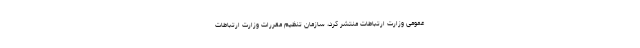
عمومی وزارت ارتباطات منتشر کرد، سازمان تنظیم مقررات وزارت ارتباطات